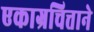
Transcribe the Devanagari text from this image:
एकाग्रचित्ताने